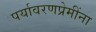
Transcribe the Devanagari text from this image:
पर्यावरणप्रेमींना